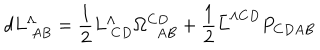
d L _ { \ A B } ^ { \Lambda } = { \frac { 1 } { 2 } } L _ { \ C D } ^ { \Lambda } \Omega _ { \ \ A B } ^ { C D } + { \frac { 1 } { 2 } } \bar { L } ^ { \Lambda C D } P _ { C D A B }